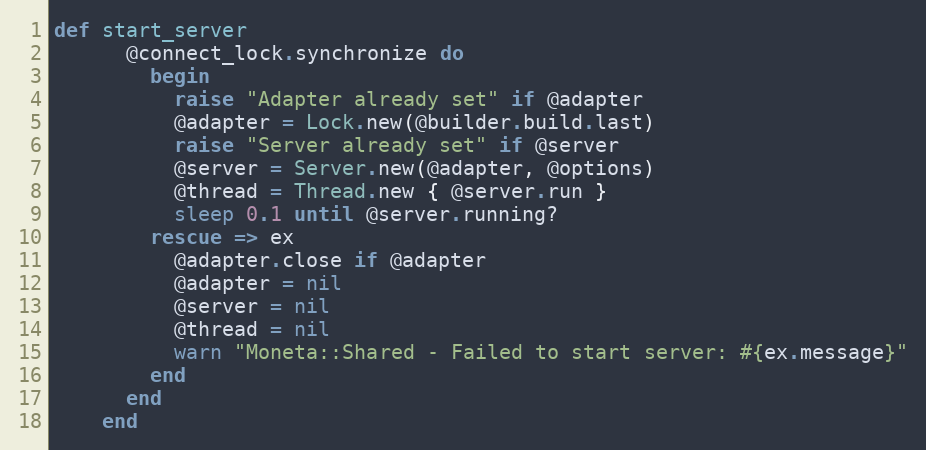
Language: Ruby
def start_server
      @connect_lock.synchronize do
        begin
          raise "Adapter already set" if @adapter
          @adapter = Lock.new(@builder.build.last)
          raise "Server already set" if @server
          @server = Server.new(@adapter, @options)
          @thread = Thread.new { @server.run }
          sleep 0.1 until @server.running?
        rescue => ex
          @adapter.close if @adapter
          @adapter = nil
          @server = nil
          @thread = nil
          warn "Moneta::Shared - Failed to start server: #{ex.message}"
        end
      end
    end